Scottish Certificate of Education, 1962
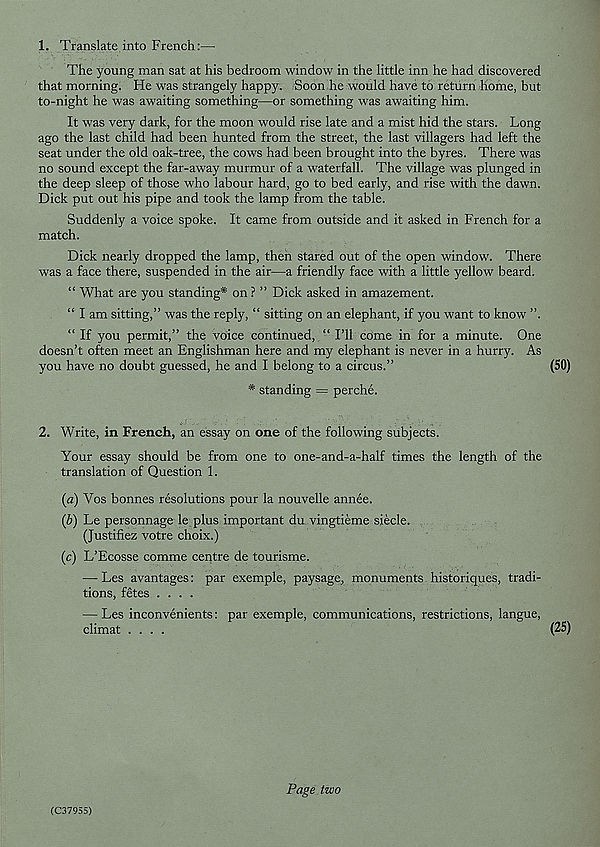
1. Translate into French:—■
The young man sat at his bedroom window in the little inn he had discovered
that morning. He was strangely happy. Soon he would have to return home, but
to-night he was awaiting something—or something was awaiting him.
It was very dark, for the moon would rise late and a mist hid the stars. Long
ago the last child had been hunted from the street, the last villagers had left the
seat under the old oak-tree, the cows had been brought into the byres. There was
no sound except the far-away murmur of a waterfall. The village was plunged in
the deep sleep of those who labour hard, go to bed early, and rise with the dawn.
Dick put out his pipe and took the lamp from the table.
Suddenly a voice spoke. It came from outside and it asked in French for a
match.
Dick nearly dropped the lamp, then stared out of the open window. There
was a face there, suspended in the air—a friendly face with a little yellow beard.
“ What are you standing* on ? ” Dick asked in amazement.
“ I am sitting,” was the reply, “ sitting on an elephant, if you want to know ”.
“ If you permit,” the voice continued, “ I’ll come in for a minute. One
doesn’t often meet an Englishman here and my elephant is never in a hurry. As
you have no doubt guessed, he and I belong to a circus.”
* standing = perche.
2. Write, in French, an essay on one of the following subjects.
Your essay should be from one to one-and-a-half times the length of the
translation of Question 1.
(a) Yos bonnes resolutions pour la nouvelle annee.
(b) Le personnage le plus important du vingtieme siecle.
(Justifiez votre choix.)
(c) L’Ecosse comme centre de tourisme.
— Les avantages: par exemple, paysage, monuments historiques, tradi-
tions, fetes ....
—• Les inconvenients: par exemple, communications, restrictions, langue,
climat ....
(C37955)
Page two